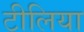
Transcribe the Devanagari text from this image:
टीलिया